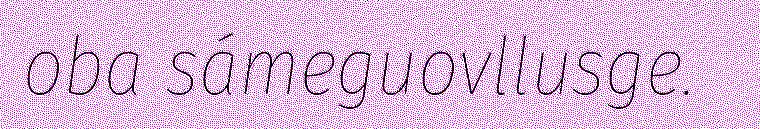
oba sámeguovllusge.